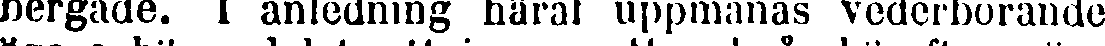
bergade. I anledning häraf uppmanas vederbörande